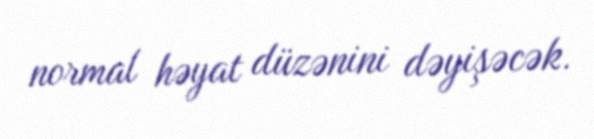
normal həyat düzənini dəyişəcək.